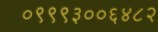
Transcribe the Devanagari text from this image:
०९९९३००६४८२